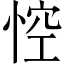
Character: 悾